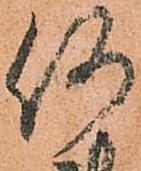
何